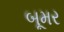
બૂમર